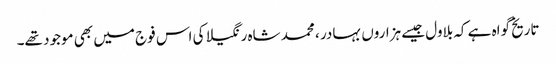
تاریخ گواہ ہے کہ بلاول جیسے ہزاروں بہادر ، محمد شاہ رنگیلا کی اس فوج میں بھی موجود تھے۔